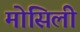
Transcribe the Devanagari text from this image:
मोसिली